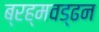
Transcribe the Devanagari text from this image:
ब्रह्मवड्ढन